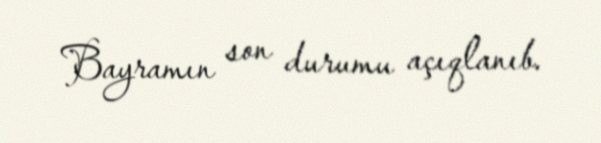
Bayramın son durumu açıqlanıb.